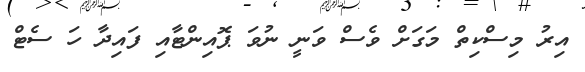
އިރު މިސްކިތް މަގަށް ވެސް ވަނީ ނުވަ ޕޮއިންޓާއި ފައިދާ ހަ ސެޓް